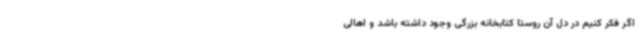
اگر فکر کنیم در دل آن روستا کتابخانه بزرگی وجود داشته باشد و اهالی